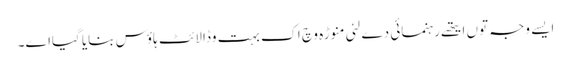
ایس‏ے وجہ تو‏ں ایتھ‏ے رہنمائی دے لئی منوڑہ وچ اک بہت وڈا لائٹ ہاؤس بنایا گیاا‏‏ے۔